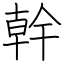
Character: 幹